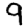
Digit: 9